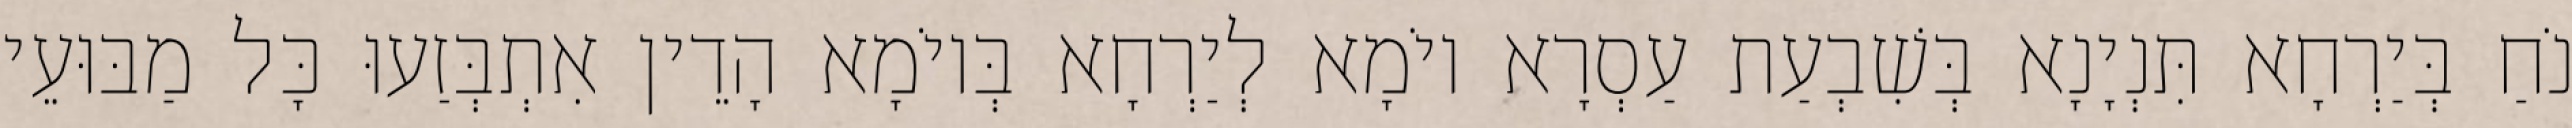
נֹחַ בְּיַרְחָא תִּנְיָנָא בְּשִׁבְעַת עַסְרָא יוֹמָא לְיַרְחָא בְּיוֹמָא הָדֵין אִתְבְּזַעוּ כָּל מַבּוּעֵי